Medical and sanitary report of the native army of Madras for the year
Year: 1875
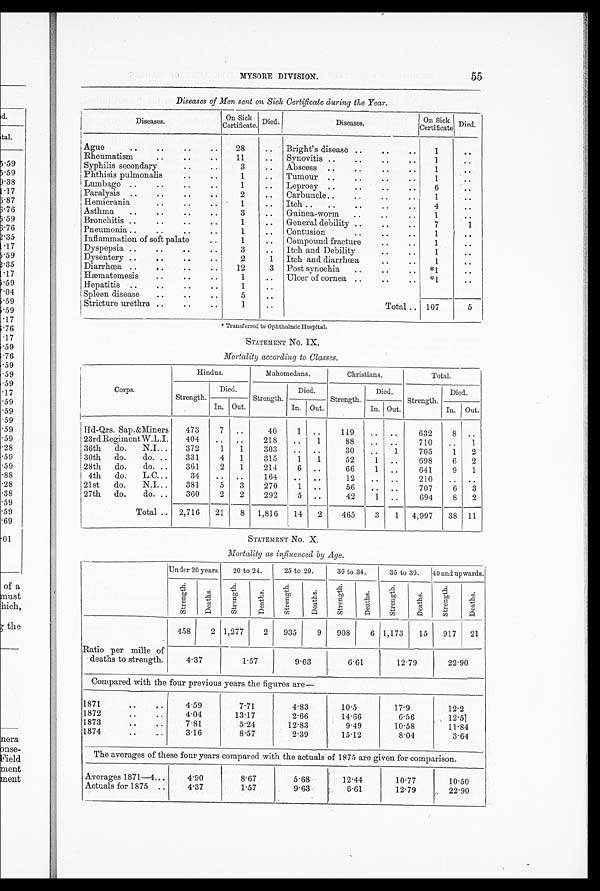
MYSORE DIVISION.
55
Diseases of Men sent on Sick Certificate during the Year.
Diseases.
On Sick
Certificate. Died.
Diseases.
On Sick
Certificate Died.
Ague
..
..
..
..
28
.. Bright's disease ..
..
..
1
..
Rheumatism
..
..
..
11
.. Synovitis ..
..
..
..
1
..
Syphilis secondary
..
..
3
.. Abscess ..
..
..
..
1
..
Phthisis pulmonalis
..
. .
1
.. Tumour ..
..
..
1
..
Lumbago ..
..
..
..
1
.. Leprosy ..
..
6 ..
Paralysis ..
..
..
..
2
.. Carbuncle ..
..
..
..
1
..
Hemicrania
..
..
..
1 ..
Itch .. ..
..
..
4
..
Asthma ..
..
..
..
3
.. Guinea-worm ..
..
..
1
..
Bronchitis ..
..
..
..
1
.. General debility ..
..
..
7
1
Pneumonia ..
..
..
1
.. Contusion
..
..
..
1
..
Inflammation of soft palate
..
1
.. Compound fracture
.. ..
1
..
Dyspepsia ..
..
..
3
.. Itch and Debility
..
..
1
..
Dysentery ..
..
..
..
2
1 Itch and diarrhœa
..
..
1
..
Diarrhœa .. ..
..
12
3 Post synochia ..
.. *1
..
Hæmatemesis
..
..
1
.. Ulcer of cornea ..
..
.. *1
..
Hepatitis ..
..
1
..
Spleen disease ..
..
5
..
Stricture urethra ..
..
..
1
..
Total .. 107
5
* Transferred to Ophthalmic Hospital.
STATEMENT No. IX.
Mortality according to Classes.
Corps.
Hindus.
Mahomedans.
Christians.
Total.
Strength.
Died.
Strength.
Died.
Strength.
Died.
Strength.
Died.
In. Out.
In. Out.
In. Out.
In. Out.
Hd-Qrs. Sap.&Miners
473
7 ..
40
1 ..
119
.. ..
632
8 ..
23rd RegimentW.L.I.
404
.. ..
218
..
1
88
.. ..
710
..
1
36th do. N.I. ..
372
1 1
303
.. ..
30
..
1
705
1 2
30th do.
do. ..
331
4 1
315
1
1
52
1 ..
698
6 2
28th do.
do. ..
361
2 1
214
6 ..
66
1 ..
641
9 1
4th do. L.C. ..
34 .. ..
164
.. ..
12
.. ..
210
.. ..
21st do.
N.I. ..
381
5 3
270
1 ..
56
.. ..
707
6 3
27th do.
do. ..
360
2 2
292
5 ..
42
1 ..
694
8 2
Total .. 2,716 21
8 1,816 14 2
465
3 1 4,997 38 11
STATEMENT No. X.
Mortality as influenced by Age.
Under 20 years. 20 to 24.
25 to 29.
30 to 34.
35 to 39.
40 and upwards.
St r e n g t h .
De a t h s . St r e n g t h .
De a t h s . St r e ngt h.
De a t h s .
St r e n g t h .
De a t h s .
St r e ngt h.
De a t h s .
St r e n g t h .
De a t h s .
458
2 1,277
2 935
9 908
6 1,173 15 917 21
Ratio per mille of
deaths to strength.
4.37
1.57
9.63
6.61
12.79
22.90
Compared with the four previous years the figures are
—
1871
..
..
4.59
7.71
4.83
10.5
17.9
12.2
1872
..
4.04
13.17
2.66
14.66
6.56
12.5
1873 .. ..
7.81
5.24
12.83
9.49
10.58
11.84
1874
..
..
3.16
8.57
2.39
15.12
8.04
3.64
The averages of these four years compared with the actuals of 1875 are given for comparison.
Averages 1871—4. ..
4.90
8.67
5.68
12.44
10.77
10.50
Actuals for 1875 ..
4.37
1.57
9.63
6.61
12.79
22.90